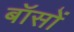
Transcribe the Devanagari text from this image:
बॉसों